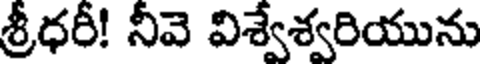
శ్రీధరీ! నీవె విశ్వేశ్వరియును